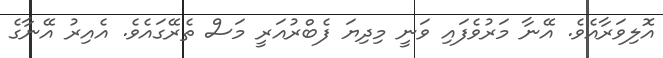
އޮލިވަރާއެވެ. އޭނާ މަރުވެފައި ވަނީ މިދިޔަ ފެބްރުއަރީ މަސް ތެރޭގައެވެ. އެއިރު އޭނާގެ